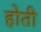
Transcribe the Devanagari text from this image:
होती